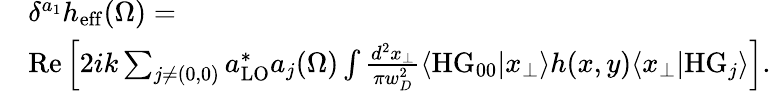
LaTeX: \begin{array}{rl}&{\delta^{a_{1}}h_{\mathrm{eff}}(\Omega)=}\\ &{\mathrm{Re}\left[2ik\sum_{j\neq(0,0)}a_{\mathrm{LO}}^{*}a_{j}(\Omega)\int\frac{d^{2}x_{\perp}}{\pi w_{D}^{2}}\langle\mathrm{HG}_{00}|x_{\perp}\rangle h(x,y)\langle x_{\perp}|\mathrm{HG}_{j}\rangle\right].}\end{array}